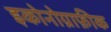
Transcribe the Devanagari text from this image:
इकोनोग्राफ़ीक